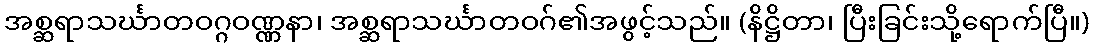
အစ္ဆရာသင်္ဃာတဝဂ္ဂဝဏ္ဏနာ၊ အစ္ဆရာသင်္ဃာတဝဂ်၏အဖွင့်သည်။ (နိဋ္ဌိတာ၊ ပြီးခြင်းသို့ရောက်ပြီ။)